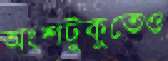
অংশটুকুতেও